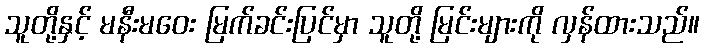
သူတို့နှင့် မနီးမဝေး မြက်ခင်းပြင်မှာ သူတို့ မြင်းများကို လှန်ထားသည်။